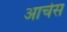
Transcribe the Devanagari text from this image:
आर्चेस